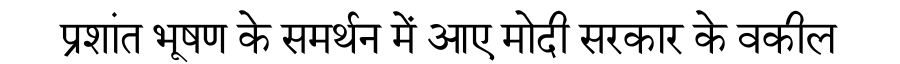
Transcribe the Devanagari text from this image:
प्रशांत भूषण के समर्थन में आए मोदी सरकार के वकील